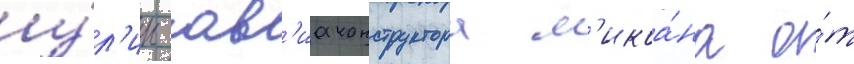
у́л'ицы ав'иаконструктора м'икоа́на о́т